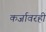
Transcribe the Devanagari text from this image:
कर्जावरही